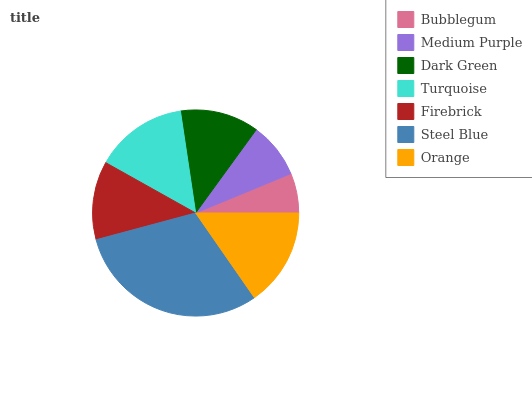
| Bubblegum | Medium Purple | Dark Green | Turquoise | Firebrick | Steel Blue | Orange |
 | --- | --- | --- | --- | --- | --- | --- |
 | 6.23% | 8.75% | 12.4% | 14.5% | 12.3% | 30.5% | 15.3% |